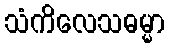
သံကိလေသဓမ္မာ